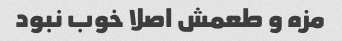
مزه و طعمش اصلا خوب نبود